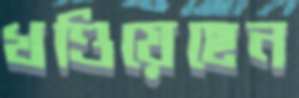
খণ্ডিয়েছেন